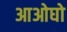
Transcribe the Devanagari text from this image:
आओघो